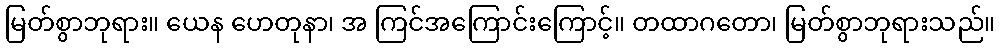
မြတ်စွာဘုရား။ ယေန ဟေတုနာ၊ အ ကြင်အကြောင်းကြောင့်။ တထာဂတော၊ မြတ်စွာဘုရားသည်။